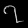
Digit: ၇